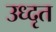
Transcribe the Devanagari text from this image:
उध्दृत